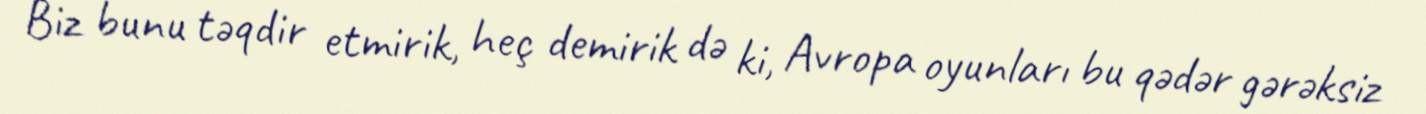
Biz bunu təqdir etmirik, heç demirik də ki, Avropa oyunları bu qədər gərəksiz